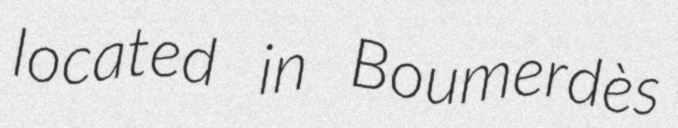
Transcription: located in Boumerdès